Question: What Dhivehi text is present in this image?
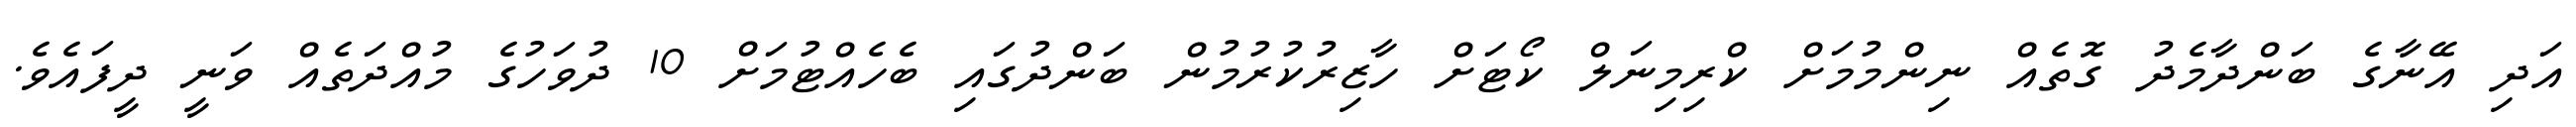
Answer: އަދި އޭނާގެ ބަންދާމެދު ގޮތެއް ނިންމުމަށް ކްރިމިނަލް ކޯޓަށް ހާޒިރުކުރުމުން ބަންދުގައި ބެހެއްޓުމަށް 10 ދުވަހުގެ މުއްދަތެއް ވަނީ ދީފައެވެ.